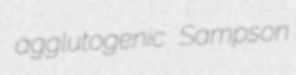
agglutogenic Sampson